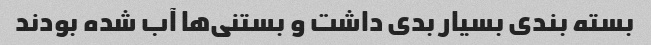
بسته بندی بسیار بدی داشت و بستنی‌ها آب شده بودند